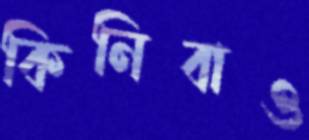
কিনিবাও